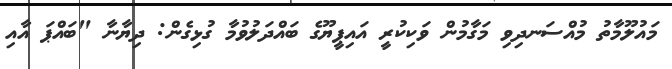
މައުލޫމާތު މުއްސަނދިވި މަގާމުން ވަކިކުރީ އައިޕީޔޫގެ ބައްދަލުވުމާ ގުޅިގެން: ދިޔާނާ "ބައްޕަ އާއި